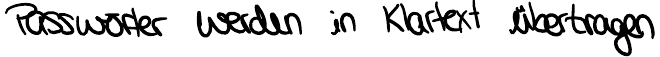
Passwörter werden im Klartext übertragen